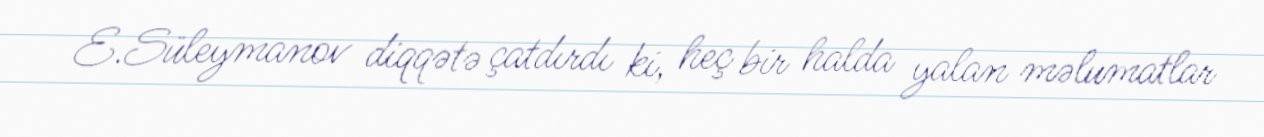
E.Süleymanov diqqətə çatdırdı ki, heç bir halda yalan məlumatlar